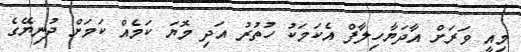
މިއީ ވަރަށް އާދަޔާހިލާފް އެކަމަކު ހުުތުރު އަދި މޮޔަ ކަމެއް ކަމަށް ދުނިޔޭގެ